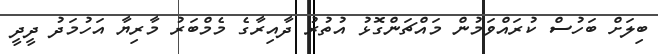
ބިލަށް ބަހުސް ކުރައްވަމުން މައްޗަންގޮޅު އުތުރު ދާއިރާގެ މެމްބަރު މާރިޔާ އަހުމަދު ދީދީ